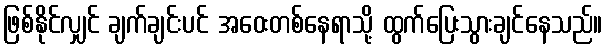
ဖြစ်နိုင်လျှင် ချက်ချင်းပင် အဝေးတစ်နေရာသို့ ထွက်ပြေးသွားချင်နေသည်။